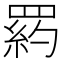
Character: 𦋥